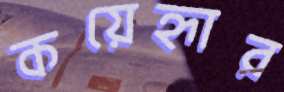
কয়েহ্নার